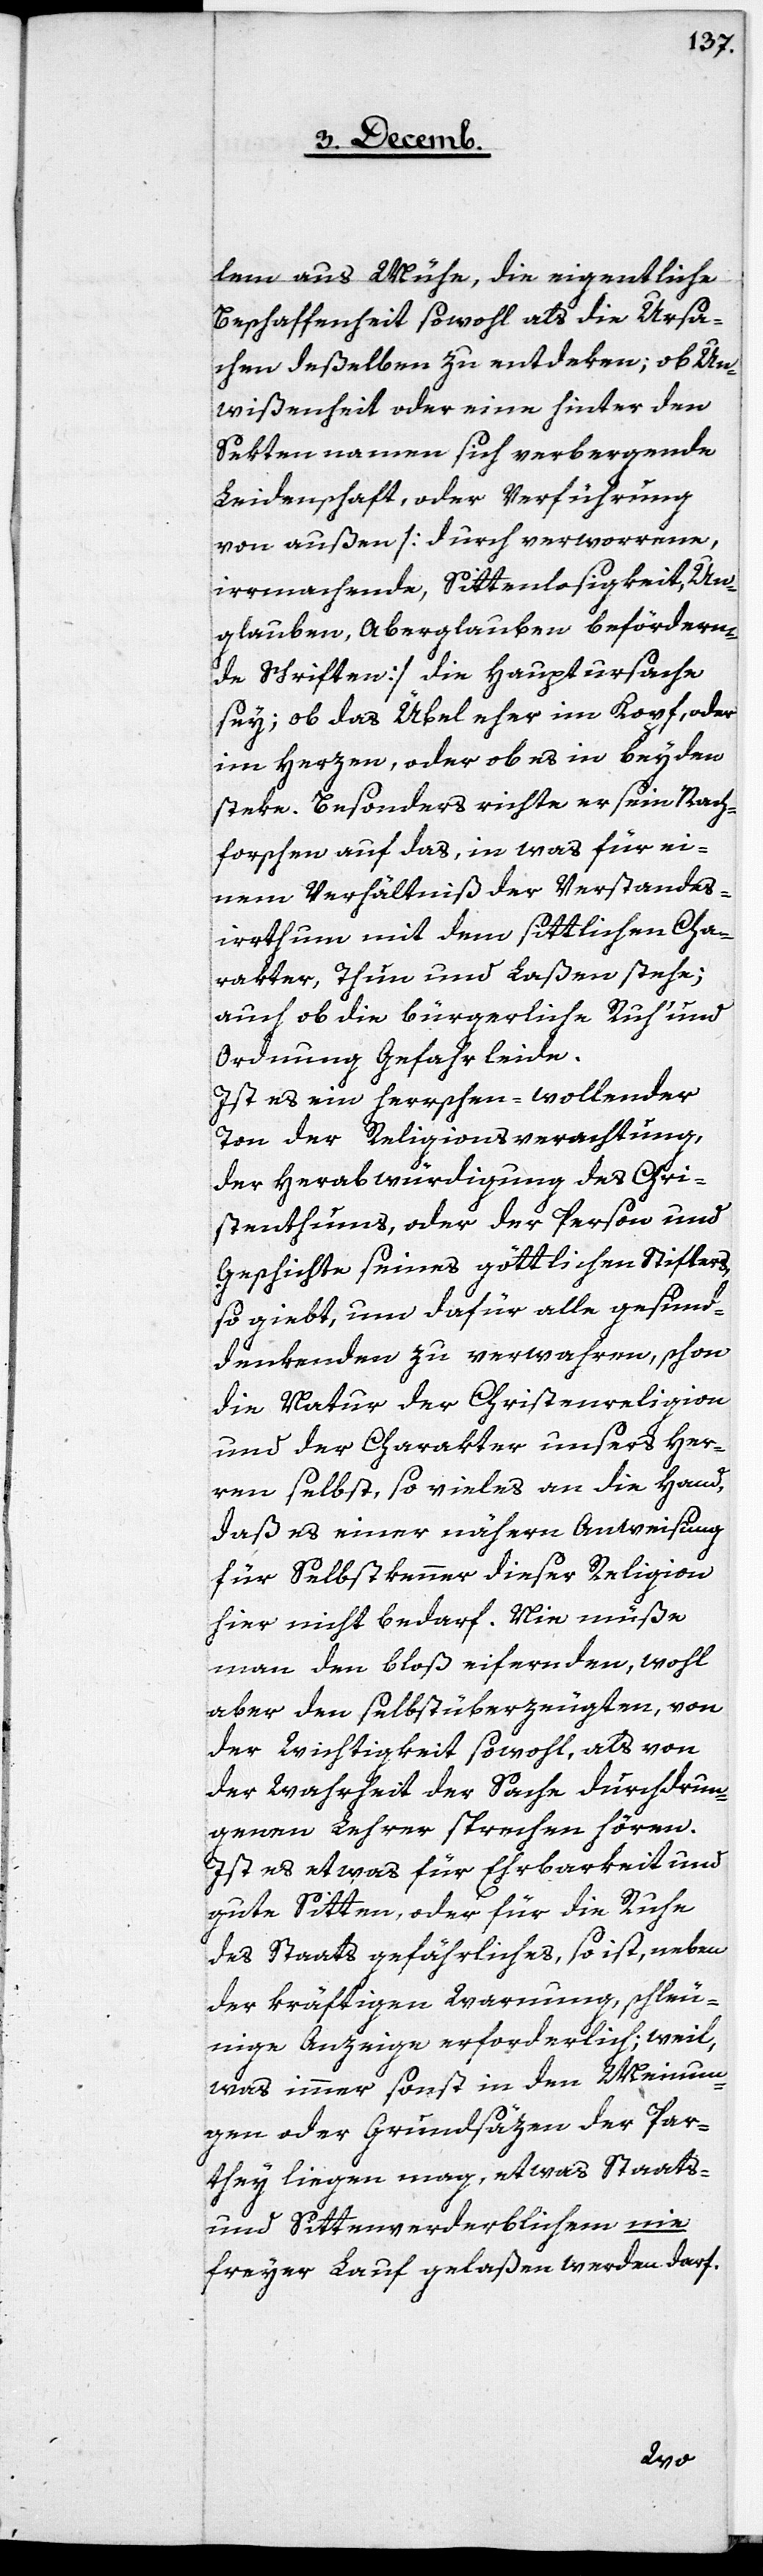
lem aus Mühe, die eigentliche
Beschaffenheit sowohl als die Ursa¬
chen deßelben zu entdeken; ob Un¬
wißenheit oder eine hinter den
Sektennamen sich verbergende
Leidenschaft oder Verführung
von außen [durch verworrene,
irrmachende, Sittenlosigkeit, Un¬
glauben, Aberglauben befördern¬
de Schriften] die Hauptursache
sey; ob das Übel eher im Kopf, oder
im Herzen, oder ob es in beyden
steke. Besonders richte er sein Nach¬
forschen auf das, in was für ei¬
nem Verhältniß der Verstandes¬
irrthum mit dem sittlichen Cha¬
rakter, Thun und Laßen stehe;
auch ob die bürgerliche Ruh’ und
Ordnung Gefahr leide.
Ist es ein herrschen-wollender
Ton der Religionsverachtung,
der Herabwürdigung des Chri¬
stenthums oder der Person und
Geschichte seines göttlichen Stifters,
so giebt, um dafür alle gesund-d¬
enkenden zu verwahren, schon
die Natur der Christenreligion
und der Charakter unsers Her¬
ren selbst, so vieles an die Hand,
daß es einer nähern Anweisung
für Selbstkenner dieser Religion
hier nicht bedarf. Nie müße
man den bloß eifernden, wohl
aber den selbstüberzeugten, von
der Wichtigkeit sowohl, als von
der Wahrheit der Sache durchdrun¬
genen Lehrer sprechen hören.
Ist es etwas für Ehrbarkeit und
gute Sitten, oder für die Ruhe
des Staats gefährliches, so ist, neben
der kräftigen Warnung, schleu¬
nige Anzeige erforderlich; weil,
was immer sonst in den Meinun¬
gen oder Grundsäzen der Par¬
they liegen mag, etwas Staats-
und Sittenverderblichem nie
freyer Lauf gelaßen werden darf.